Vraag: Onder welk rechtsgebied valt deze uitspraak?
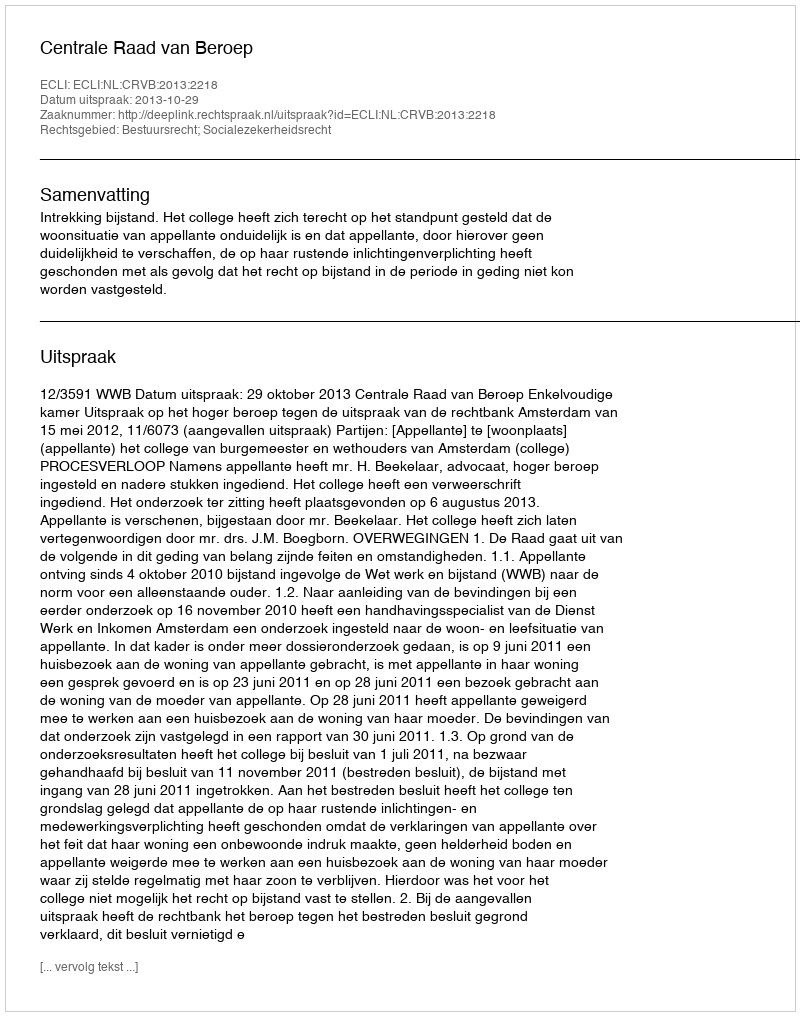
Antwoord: Bestuursrecht; Socialezekerheidsrecht